画像に写った文字を読んでください
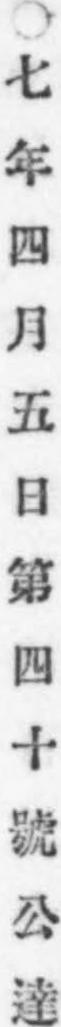
「○七年四月五日第四十號公達」と書いてあります